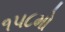
૧૫૮મો